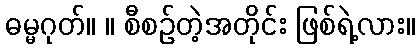
ဓမ္မဂုတ်။ ။ စီစဉ်တဲ့အတိုင်း ဖြစ်ရဲ့လား။